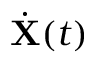
{ \dot { \bf X } } ( t )